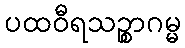
ပထဝီရသဉ္စာဂမ္မ